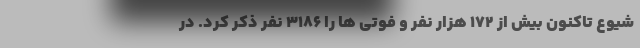
شیوع تاکنون بیش از ۱۷۲ هزار نفر و فوتی ها را ۳۱۸۶ نفر ذکر کرد. در